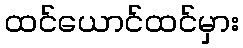
ထင်ယောင်ထင်မှား